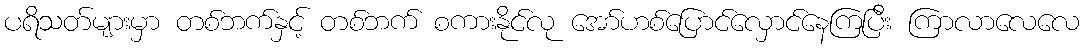
ပရိသတ်များမှာ တစ်ဘက်နှင့် တစ်ဘက် စကားနိုင်လု အော်ဟစ်ပြောင်လှောင်နေကြပြီး ကြာလာလေလေ